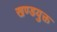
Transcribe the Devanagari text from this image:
खण्डयुक्त